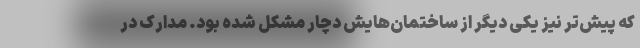
که پیش‌تر نیز یکی دیگر از ساختمان‌هایش دچار مشکل شده بود. مدارک در